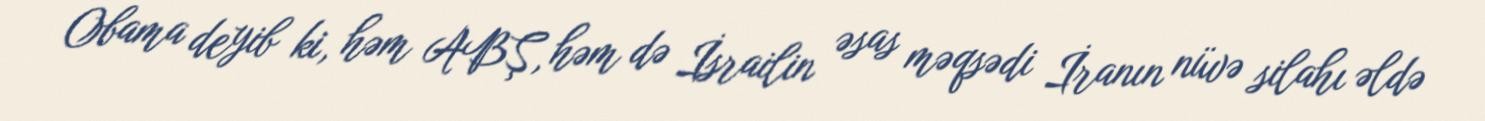
Obama deyib ki, həm ABŞ, həm də İsrailin əsas məqsədi İranın nüvə silahı əldə